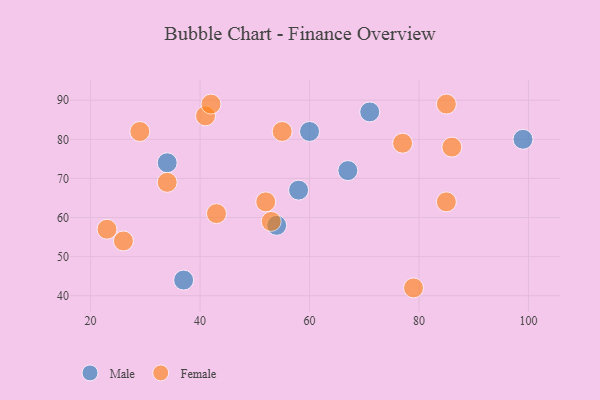
{"axis": {"x": "GDP", "y": "Life Expectancy"}, "legend": ["Female", "Male"], "data": [{"x": "34", "y": 74, "type": "Male"}, {"x": "67", "y": 72, "type": "Male"}, {"x": "37", "y": 44, "type": "Male"}, {"x": "99", "y": 80, "type": "Male"}, {"x": "54", "y": 58, "type": "Male"}, {"x": "60", "y": 82, "type": "Male"}, {"x": "71", "y": 87, "type": "Male"}, {"x": "58", "y": 67, "type": "Male"}, {"x": "53", "y": 59, "type": "Female"}, {"x": "55", "y": 82, "type": "Female"}, {"x": "34", "y": 69, "type": "Female"}, {"x": "29", "y": 82, "type": "Female"}, {"x": "85", "y": 89, "type": "Female"}, {"x": "52", "y": 64, "type": "Female"}, {"x": "86", "y": 78, "type": "Female"}, {"x": "43", "y": 61, "type": "Female"}, {"x": "85", "y": 64, "type": "Female"}, {"x": "41", "y": 86, "type": "Female"}, {"x": "77", "y": 79, "type": "Female"}, {"x": "26", "y": 54, "type": "Female"}, {"x": "79", "y": 42, "type": "Female"}, {"x": "23", "y": 57, "type": "Female"}, {"x": "42", "y": 89, "type": "Female"}]}